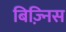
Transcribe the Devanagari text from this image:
बिज़्निस